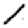
Digit: 1